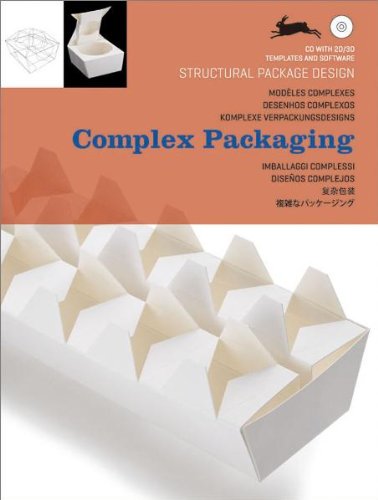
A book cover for Complex Packaging (Structural Package Design); Pepin Press; Arts & Photography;